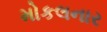
મોકલનાર